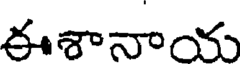
ఈశానాయ